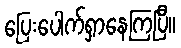
ပြေးပေါက်ရှာနေကြပြီ။